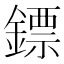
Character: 鏢